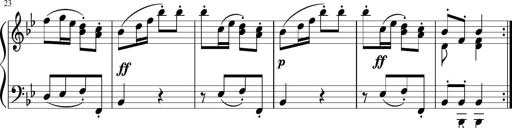
Title: 12 Keyboard Sonatinas
Composer: James Hook